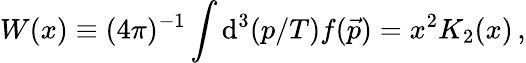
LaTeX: W(x)\equiv(4\pi)^{-1}\int\mathrm{d}^{3}(p/T)f(\vec{{p}})=x^{2}K_{2}(x)\, ,